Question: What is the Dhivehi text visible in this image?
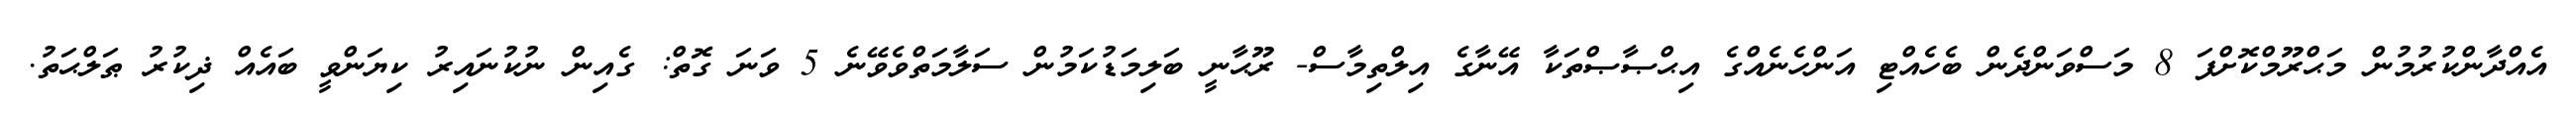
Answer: އެއްދާންކުރުމުން މަޙްރޫމްކޮށްފަ 8 މަސްވަންދެން ބެހެއްޓި އަންހެނެއްގެ އިޙްޞާޞްތަކާ އޭނާގެ އިލްތިމާސް- ރޫޙާނީ ބަލިމަޑުކަމުން ސަލާމަތްވެވޭނެ 5 ވަނަ ގޮތް: ގެއިން ނުކުނައިރު ކިޔަންވީ ބައެއް ޛިކުރު ޠަލްޙަތު.